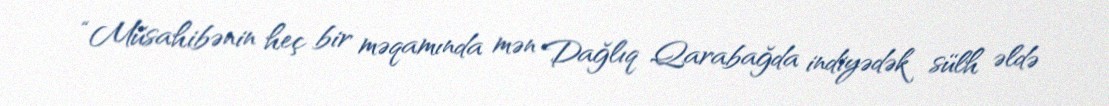
“Müsahibənin heç bir məqamında mən Dağlıq Qarabağda indiyədək sülh əldə